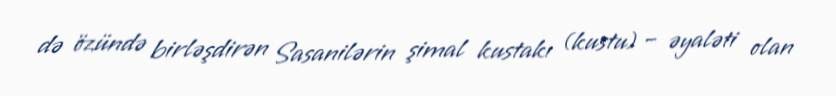
də özündə birləşdirən Sasanilərin şimal kustakı (kustu) – əyaləti olan